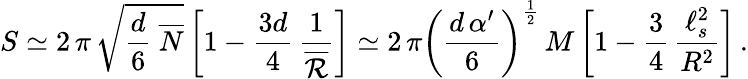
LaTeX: S\simeq 2\, \pi\, \sqrt{\frac{d}{6}\ \overline{{N}}}\left[1-\frac{3d}{4}\, \frac{1}{\overline{{{\cal R}}}}\right]\simeq 2\, \pi\left(\frac{d\, \alpha^{\prime}}{6}\right)^{\frac{1}{2}}\, M\left[1-\frac{3}{4}\, \frac{\ell_{s}^{2}}{R^{2}}\right]\, .